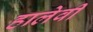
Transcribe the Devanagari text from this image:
हालेवी